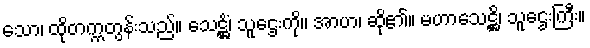
သော၊ ထိုတက္ကတွန်းသည်။ သေဋ္ဌိံ၊ သူဌေးကို။ အာဟ၊ ဆို၏။ မဟာသေဋ္ဌိ၊ သူဌေးကြီး။